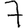
Digit: 7